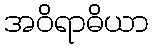
အဝိရာဓိယာ